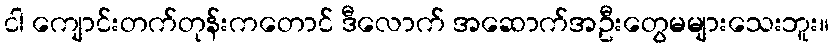
ငါ ကျောင်းတက်တုန်းကတောင် ဒီလောက် အဆောက်အဦးတွေမများသေးဘူး။